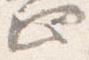
止